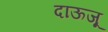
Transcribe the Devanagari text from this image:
दाऊजू